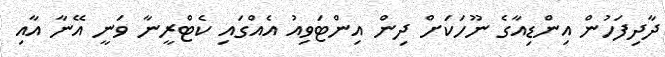
ދާދިފަހުން އިންޑިއާގެ ނޫހަަކަށް ދިން އިންޓަވިއު އެއްގައި ކެޓްރީނާ ވަނީ އޭނާ އާއި